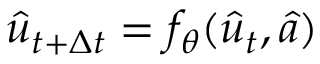
\hat { u } _ { t + \Delta t } = f _ { \theta } ( \hat { u } _ { t } , \hat { a } )